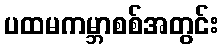
ပထမကမ္ဘာစစ်အတွင်း